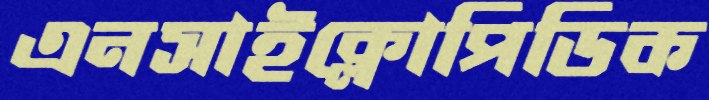
এনসাইক্লোপিডিক